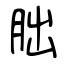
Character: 胐